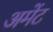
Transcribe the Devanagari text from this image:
अमेंट